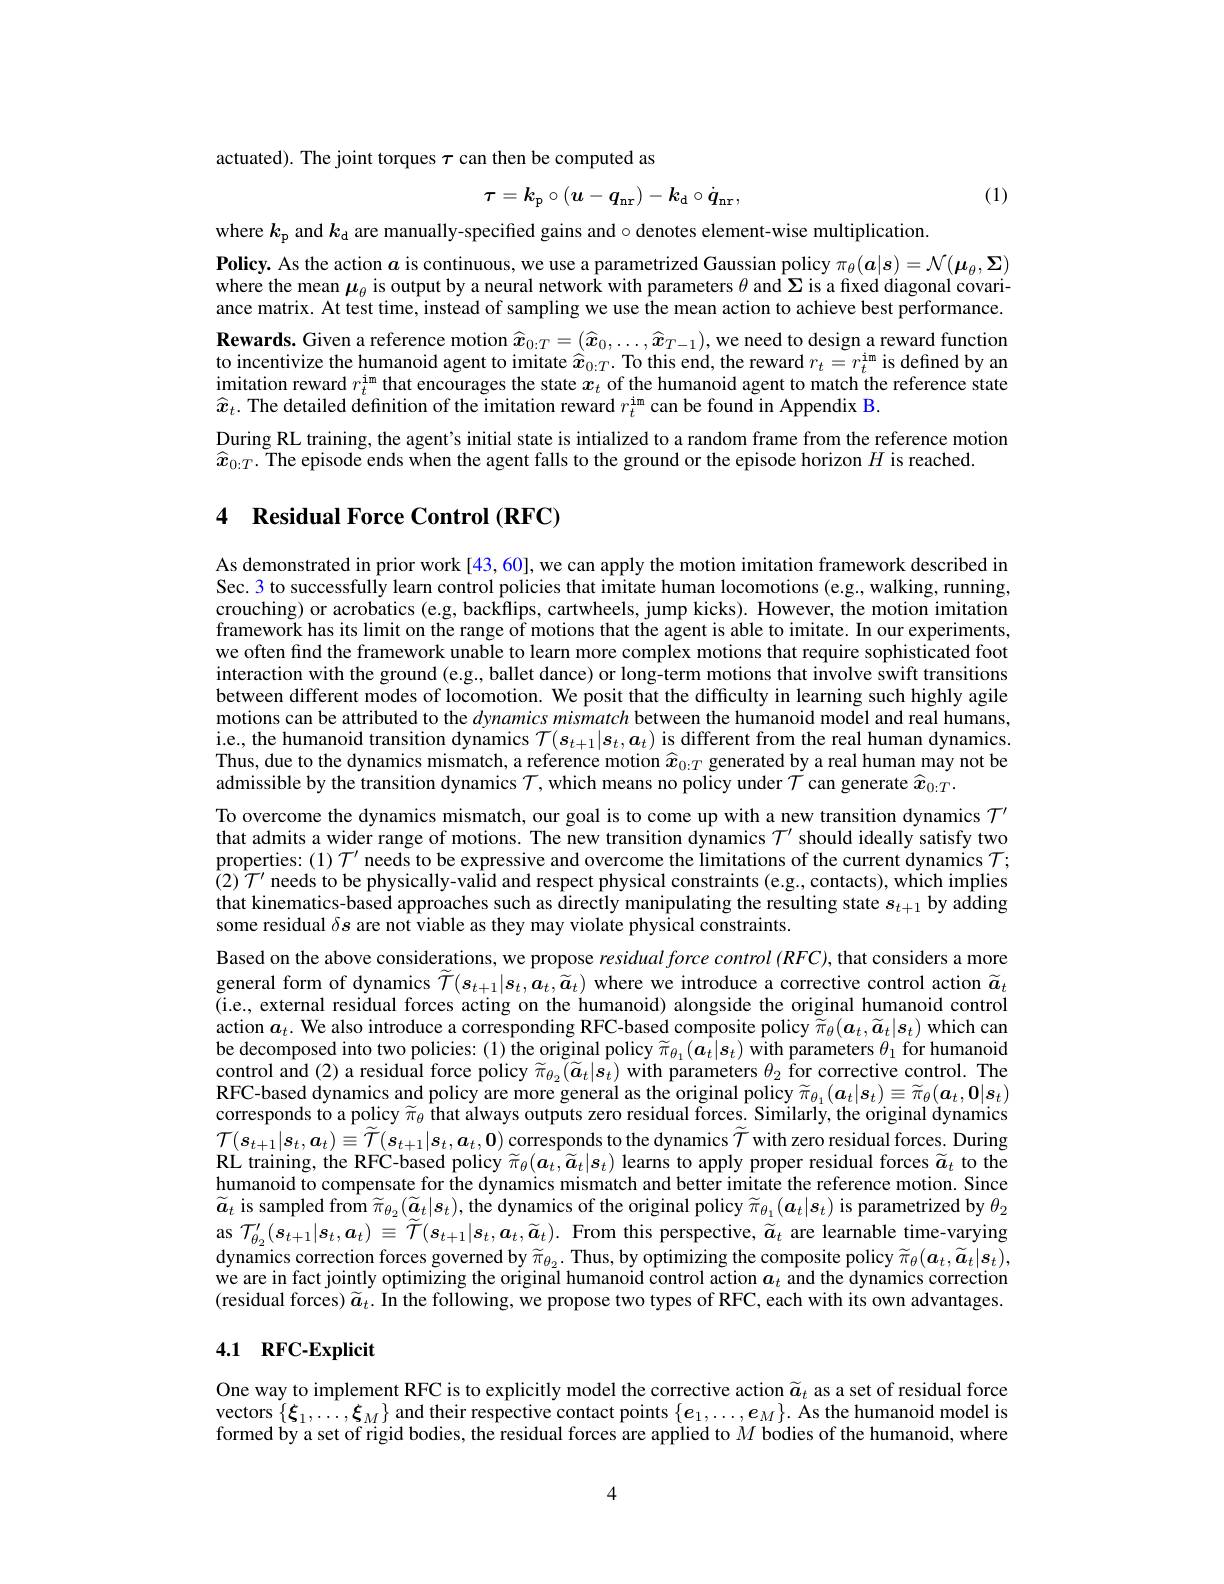
actuated). The joint torques $\tau$ can then be computed as

(1)
$$\tau=k_\mathrm{p}\circ(\boldsymbol{u}-\boldsymbol{q_\mathrm{nr}})-\boldsymbol{k_\mathrm{d}}\circ\dot{\boldsymbol{q_\mathrm{nr}}},$$
where $k_\mathrm{p}$ and $k_\mathrm{d}$ are manually-specified gains and $\circ$denotes element-wise multiplication.
Policy. As the action $a$ is continuous, we use a parametrized Gaussian policy $\pi_\theta(\boldsymbol{a}|\boldsymbol{s})=\mathcal{N}(\boldsymbol{\mu}_\theta,\boldsymbol{\Sigma})$ where the mean $\mu_\theta$ is output by a neural network with parameters $\theta$ and $\Sigma$ is a fixed diagonal covariance matrix. At test time, instead of sampling we use the mean action to achieve best performance. Rewards. Given a reference motion $\widehat{x}_{0:T}=(\widehat{x}_0,\ldots,\widehat{x}_{T-1})$, we need to design a reward function to incentivize the humanoid agent to imitate $\widehat{\boldsymbol{x}}_{0:T}$. To this end, the reward $r_t=r_t^\mathrm{im}$ is defined by an imitation reward $r_t^\mathrm{im}$ that encourages the state $x_t$ of the humanoid agent to match the reference state $\widehat{x}_t.$ The detailed definition of the imitation reward $r_t^\mathrm{im}$can be found in Appendix B.
During RL training, the agent's initial state is intialized to a random frame from the reference motion
$\widehat{x}_{0:T}.$ The episode ends when the agent falls to the ground or the episode horizon $H$ is reached.

## 4 Residual Force Control (RFC)

As demonstrated in prior work [43,60], we can apply the motion imitation framework described in Sec. 3 to successfully learn control policies that imitate human locomotions (e.g., walking, running, crouching) or acrobatics (e.g, backflips, cartwheels, jump kicks). However, the motion imitation framework has its limit on the range of motions that the agent is able to imitate. In our experiments, we often find the framework unable to learn more complex motions that require sophisticated foot interaction with the ground (e.g., ballet dance) or long-term motions that involve swift transitions between different modes of locomotion. We posit that the difficulty in learning such highly agile motions can be attributed to the dynamicsmismatch between the humanoid model and real humans, i.e., the humanoid transition dynamics $\mathcal{T}(s_t+1|s_t,a_t)$ is different from the real human dynamics. Thus, due to the dynamics mismatch, a reference motion $\widehat{x}_{0:T}$ generated by a real human may not be admissible by the transition dynamics $\mathcal{T}$, which means no policy under $\mathcal{T}$ can generate $\hat{x}_{0:T}.$
To overcome the dynamics mismatch, our goal is to come up with a new transition dynamics $\mathcal{T}^{\prime}$ that admits a wider range of motions. The new transition dynamics $\mathcal{T}^\prime$ should ideally satisfy two properties:(1) $\mathcal{T}^\prime$ needs to be expressive and overcome the limitations of the current dynamics $\mathcal{T};$ $(2)\hat{T}^{\prime}$ needs to be physically-valid and respect physical constraints (e.g.. contacts), which implies that kinematics-based approaches such as directly manipulating the resulting state $s_t+1$ by adding some residual $\delta s$ are not viable as they may violate physical constraints.
Based on the above considerations, we propose residual force control (RFC), that considers a more general form of dynamics $\widetilde{\mathcal{T}}(s_{t+1}|s_t,a_t,\widetilde{a}_t)$ where we introduce a corrective control action $\widetilde{a}_t$ (i.e., external residual forces acting on the humanoid) alongside the original humanoid control action $a_t.$ We also introduce a corresponding RFC-based composite policy $\tilde{\widetilde{\pi}}_\theta(\boldsymbol{a}_t,\widetilde{\boldsymbol{a}}_t|\boldsymbol{s}_t)$ which can be decomposed into two policies: (1) the original policy $\widetilde\pi_{\theta_1}(\hat{\boldsymbol{a}_t|\boldsymbol{s}_t})$ with parameters $\theta_1$ for humanoid control and (2) a residual force policy $\widetilde{\pi}_{\theta_{2}}(\widetilde{\boldsymbol{a}}_{t}|s_{t})$ with parameters $\theta_{2}$ for corrective control. The RFC-based dynamics and policy are more general as the original policy $\widetilde\pi_\theta_1(\boldsymbol{a}_t|\boldsymbol{s}_t)\equiv\widetilde\pi_\theta(\boldsymbol{a}_t,\boldsymbol{0}|\boldsymbol{s}_t)$ corresponds to a policy $\widetilde{\pi}_\theta$ that always outputs zero residual forces. Similarly, the original dynamics $\mathcal{T}(s_{t+1}|s_{t},\boldsymbol{a}_{t})\equiv\widetilde{\mathcal{T}}(s_{t+1}|s_{t},\boldsymbol{a}_{t},\boldsymbol{0})$ corresponds to the dynamics $\widetilde{\mathcal{T}}$ with zero residual forces. During RL training, the RFC-based policy $\widetilde{\pi}_\theta(\boldsymbol{a}_t,\widetilde{\boldsymbol{a}}_t|\boldsymbol{s}_t)$ learns to apply proper residual forces $\widetilde{a}_t$ to the humanoid to compensate for the dynamics mismatch and better imitate the reference motion. Since $\widetilde{\boldsymbol{a}}_t$ is sampled from $\widetilde{\pi}_{\theta_2}(\widetilde{\boldsymbol{a}}_t|\boldsymbol{s}_t)$, the dynamics of the original policy $\widetilde{\pi}_{\theta_1}(\boldsymbol{a}_t|\boldsymbol{s}_t)$ is parametrized by $\theta_2$ as $\mathcal{T}_{\theta_2}^{\prime}(\boldsymbol{s}_{t+1}|\boldsymbol{s}_t,\boldsymbol{a}_t)\equiv\widetilde{\mathcal{T}}(\boldsymbol{s}_{t+1}|\boldsymbol{s}_t,\boldsymbol{a}_t,\widetilde{\boldsymbol{a}}_t).$ From this perspective, $\widetilde{a}_t$ are learnable time-varying $\tilde{\text{dynamics correction forces governed by}}\widetilde{\pi}_{\theta_2}.$Thus, by optimizing the composite policy $\widetilde\pi_\theta(\boldsymbol{a}_t,\widetilde{\boldsymbol{a}}_t|\boldsymbol{s}_t)$, we are in fact jointly optimizing the original humanoid control action $a_t$ and the dynamics correction (residual forces) $\widetilde{a}_t.$ In the following, we propose two types of RFC, each with its own advantages.

## 4.1 RFC-Explicit

One way to implement RFC is to explicitly model the corrective action $\widetilde{a}_t$ as a set of residual force vectors $\{\boldsymbol{\xi}_1,\ldots,\boldsymbol{\xi}_M\}$ and their respective contact points $\{\boldsymbol e_1,\ldots,\boldsymbol e_M\}.$ As the humanoid model is formed by a set of rigid bodies, the residual forces are applied to $M$ bodies of the humanoid, where

4